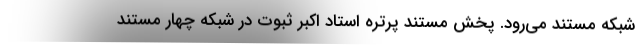
شبکه مستند می‌رود. پخش مستند پرتره استاد اکبر ثبوت در شبکه چهار مستند